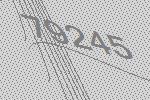
79245